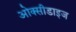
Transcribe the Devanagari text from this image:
ओक्सीडाइज